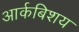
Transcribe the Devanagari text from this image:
आर्कबिशय